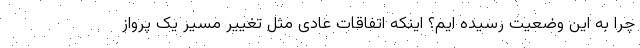
چرا به این وضعیت رسیده ایم؟ اینکه اتفاقات عادی مثل تغییر مسیر یک پرواز